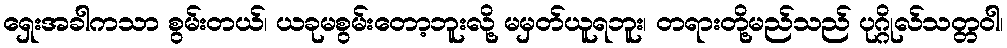
ရှေးအခါကသာ စွမ်းတယ်၊ ယခုမစွမ်းတော့ဘူးလို့ မမှတ်ယူရဘူး၊ တရားတို့မည်သည် ပုဂ္ဂိုလ်သတ္တဝါ၊